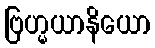
ဗြဟ္မယာနိယော